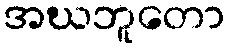
အဃဘူတော